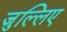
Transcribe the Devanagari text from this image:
जुल्लिए